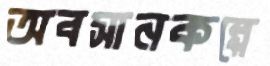
অবসানকল্পে